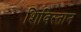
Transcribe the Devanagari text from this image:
शिविस्तान